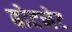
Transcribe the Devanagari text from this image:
बोटनेट